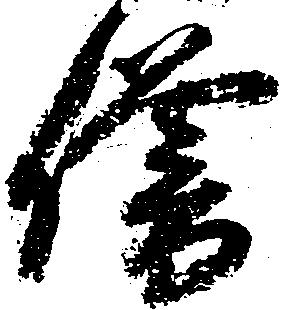
僧